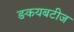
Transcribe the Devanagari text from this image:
ङकयबटीज